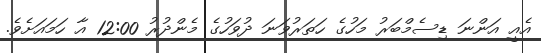
އެއީ އަންނަ ޑިސެމްބަރު މަހުގެ ހަތަރުވަނަ ދުވަހުގެ މެންދުރު 12:00 އާ ހަމައަށެވެ.